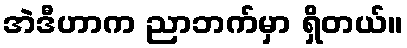
အဲဒီဟာက ညာဘက်မှာ ရှိတယ်။